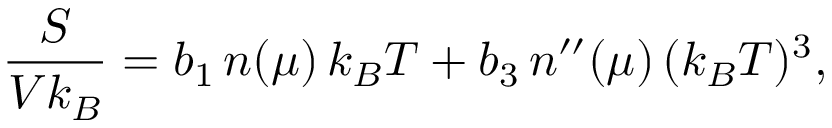
\frac { S } { V k _ { B } } = b _ { 1 } \, n ( \mu ) \, k _ { B } T + b _ { 3 } \, n ^ { \prime \prime } ( \mu ) \, ( k _ { B } T ) ^ { 3 } ,